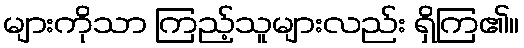
များကိုသာ ကြည့်သူများလည်း ရှိကြ၏။